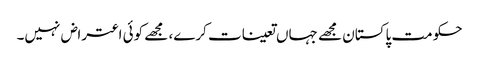
حکومت پاکستان مجھے جہاں تعینات کرے، مجھے کوئی اعتراض نہیں۔